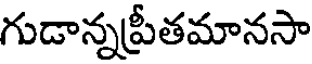
గుడాన్నప్రీతమానసా